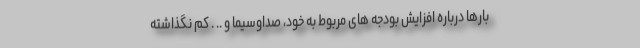
بارها درباره افزايش بودجه هاى مربوط به خود، صداوسيما و .. . كم نگذاشته